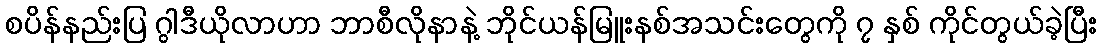
စပိန်နည်းပြ ဂွါဒီယိုလာဟာ ဘာစီလိုနာနဲ့ ဘိုင်ယန်မြူးနစ်အသင်းတွေကို ၇ နှစ် ကိုင်တွယ်ခဲ့ပြီး